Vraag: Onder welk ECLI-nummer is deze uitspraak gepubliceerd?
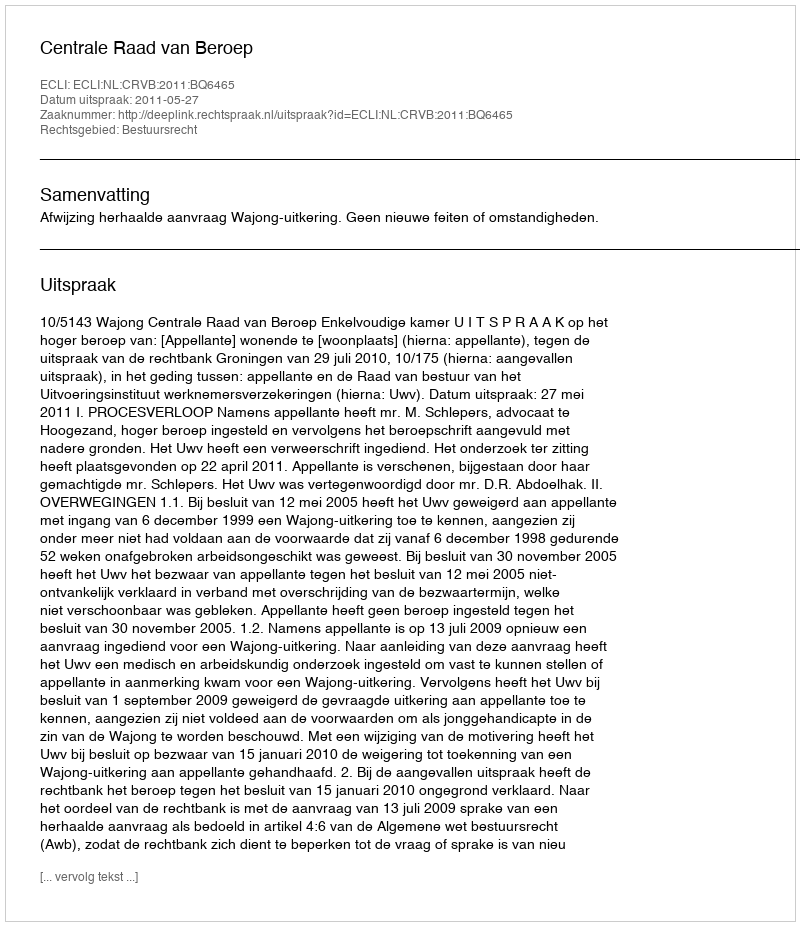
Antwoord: ECLI:NL:CRVB:2011:BQ6465